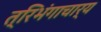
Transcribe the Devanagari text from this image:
त्रिभंगाचार्य